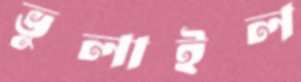
ভুলাইল